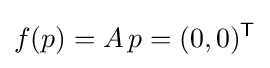
f(p)=A\!\ p=(0,0)^{\mathsf {T}}